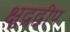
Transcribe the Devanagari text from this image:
क्षुद्रद्वीप